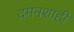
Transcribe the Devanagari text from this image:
दमनशाही